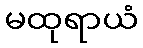
မထုရာယံ